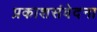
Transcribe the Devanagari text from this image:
प्रकाशसंवेदना